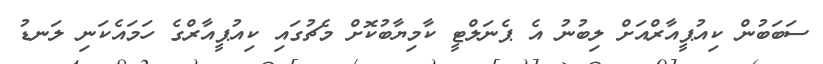
ސަބަބުން ކިއުޕީއާރްއަށް ލިބުނު އެ ޕެނަލްޓީ ކާމިޔާބުކޮށް މެޗުގައި ކިއުޕީއާރްގެ ހަމައެކަނި ލަނޑު